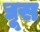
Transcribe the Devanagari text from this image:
द्यूस